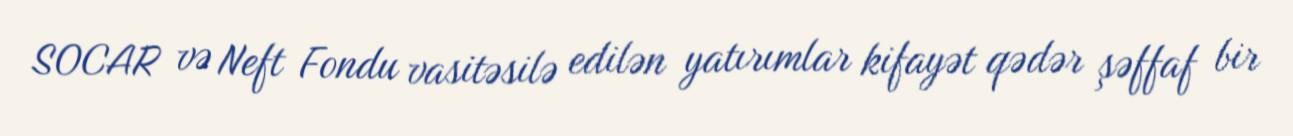
SOCAR və Neft Fondu vasitəsilə edilən yatırımlar kifayət qədər şəffaf bir